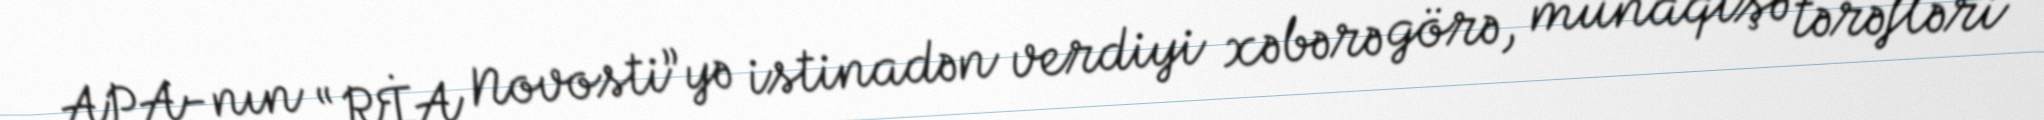
APA-nın “RİA Novosti”yə istinadən verdiyi xəbərə görə, münaqişə tərəfləri